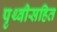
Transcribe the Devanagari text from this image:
पृथ्वीसहित